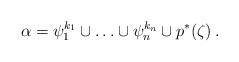
LaTeX: \begin{align*} \alpha = \psi_1^{k_1} \cup \ldots \cup \psi_n^{k_n} \cup p^{\ast}(\zeta) \,. \end{align*}